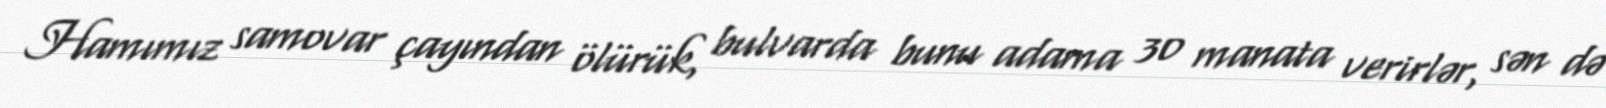
Hamımız samovar çayından ölürük, bulvarda bunu adama 30 manata verirlər, sən də